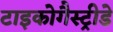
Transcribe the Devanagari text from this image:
टाइकोगैस्ट्रीडे